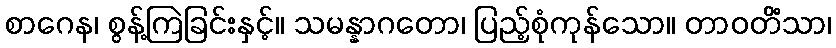
စာဂေန၊ စွန့်ကြဲခြင်းနှင့်။ သမန္နာဂတော၊ ပြည့်စုံကုန်သော။ တာဝတိံသာ၊